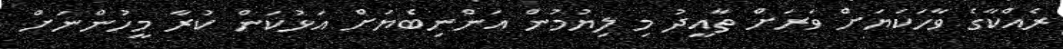
ރެއްކާގެ ވާހަކަޔަށް ވަރަށް ތާއީދު މި ލިޔުމުން އަންނިބެޔަށް އަޅުކަން ކުރާ މީހުންނަށް